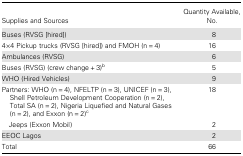
| Supplies and Sources | Quantity Available, No. |
 | --- | --- |
 | Buses (RVSG [hired]) | 8 |
 | 4×4 Pickup trucks (RVSG [hired]) and FMOH (n = 4) | 16 |
 | Ambulances (RVSG) | 6 |
 | Buses (RVSG) (crew change + 3)b | 5 |
 | WHO (Hired Vehicles) | 9 |
 | Partners: WHO (n = 4), NFELTP (n = 3), UNICEF (n = 3), Shell Petroleum Development Cooperation (n = 2), Total SA (n = 2), Nigeria Liquefied and Natural Gases (n = 2), and Exxon (n = 2)c | 18 |
 | Jeeps (Exxon Mobil) | 2 |
 | EEOC Lagos | 2 |
 | Total | 66 |